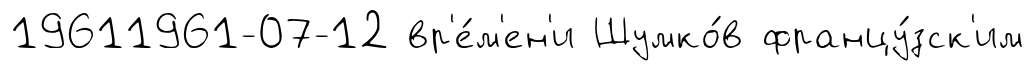
19611961-07-12 вр'е́м'ен'и Шумко́в францу́зск'им